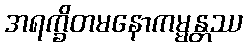
အရက္ခိတမနောကမ္မန္တဿ